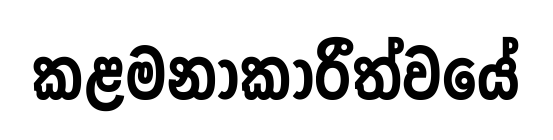
කළමනාකාරීත්වයේ